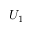
U _ { 1 }